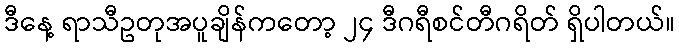
ဒီနေ့ ရာသီဥတုအပူချိန်ကတော့ ၂၄ ဒီဂရီစင်တီဂရိတ် ရှိပါတယ်။